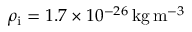
\rho _ { \mathrm { i } } = 1 . 7 \times 1 0 ^ { - 2 6 } \, \mathrm { k g } \, \mathrm { m } ^ { - 3 }